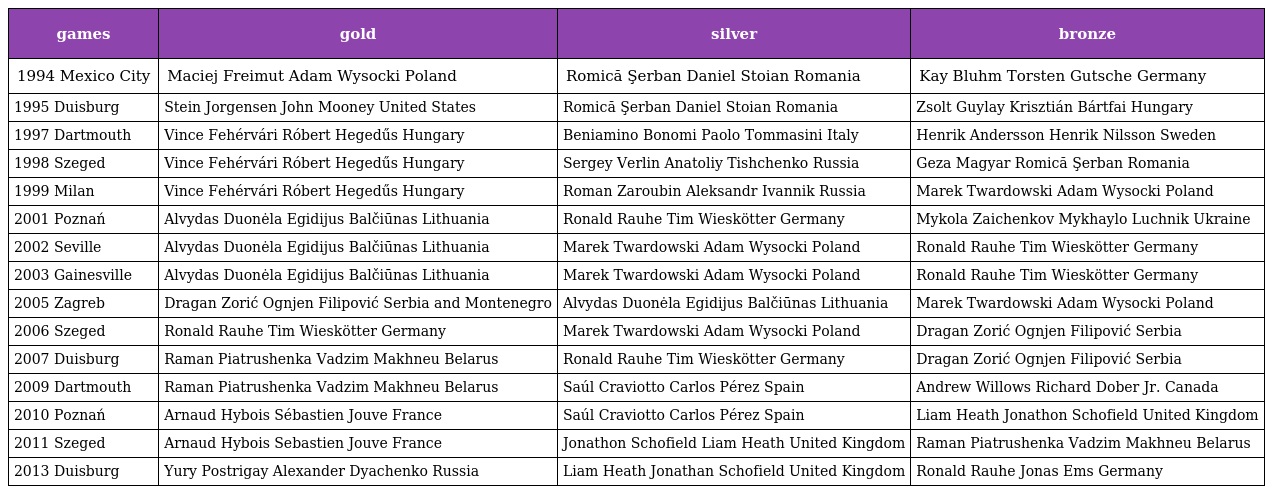
| games | gold | silver | bronze |
 | --- | --- | --- | --- |
 | 1994 Mexico City | Maciej Freimut Adam Wysocki Poland | Romică Şerban Daniel Stoian Romania | Kay Bluhm Torsten Gutsche Germany |
 | 1995 Duisburg | Stein Jorgensen John Mooney United States | Romică Şerban Daniel Stoian Romania | Zsolt Guylay Krisztián Bártfai Hungary |
 | 1997 Dartmouth | Vince Fehérvári Róbert Hegedűs Hungary | Beniamino Bonomi Paolo Tommasini Italy | Henrik Andersson Henrik Nilsson Sweden |
 | 1998 Szeged | Vince Fehérvári Róbert Hegedűs Hungary | Sergey Verlin Anatoliy Tishchenko Russia | Geza Magyar Romică Şerban Romania |
 | 1999 Milan | Vince Fehérvári Róbert Hegedűs Hungary | Roman Zaroubin Aleksandr Ivannik Russia | Marek Twardowski Adam Wysocki Poland |
 | 2001 Poznań | Alvydas Duonėla Egidijus Balčiūnas Lithuania | Ronald Rauhe Tim Wieskötter Germany | Mykola Zaichenkov Mykhaylo Luchnik Ukraine |
 | 2002 Seville | Alvydas Duonėla Egidijus Balčiūnas Lithuania | Marek Twardowski Adam Wysocki Poland | Ronald Rauhe Tim Wieskötter Germany |
 | 2003 Gainesville | Alvydas Duonėla Egidijus Balčiūnas Lithuania | Marek Twardowski Adam Wysocki Poland | Ronald Rauhe Tim Wieskötter Germany |
 | 2005 Zagreb | Dragan Zorić Ognjen Filipović Serbia and Montenegro | Alvydas Duonėla Egidijus Balčiūnas Lithuania | Marek Twardowski Adam Wysocki Poland |
 | 2006 Szeged | Ronald Rauhe Tim Wieskötter Germany | Marek Twardowski Adam Wysocki Poland | Dragan Zorić Ognjen Filipović Serbia |
 | 2007 Duisburg | Raman Piatrushenka Vadzim Makhneu Belarus | Ronald Rauhe Tim Wieskötter Germany | Dragan Zorić Ognjen Filipović Serbia |
 | 2009 Dartmouth | Raman Piatrushenka Vadzim Makhneu Belarus | Saúl Craviotto Carlos Pérez Spain | Andrew Willows Richard Dober Jr. Canada |
 | 2010 Poznań | Arnaud Hybois Sébastien Jouve France | Saúl Craviotto Carlos Pérez Spain | Liam Heath Jonathon Schofield United Kingdom |
 | 2011 Szeged | Arnaud Hybois Sebastien Jouve France | Jonathon Schofield Liam Heath United Kingdom | Raman Piatrushenka Vadzim Makhneu Belarus |
 | 2013 Duisburg | Yury Postrigay Alexander Dyachenko Russia | Liam Heath Jonathan Schofield United Kingdom | Ronald Rauhe Jonas Ems Germany |